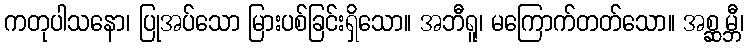
ကတုပါသနော၊ ပြုအပ်သော မြားပစ်ခြင်းရှိသော။ အဘီရူ၊ မကြောက်တတ်သော။ အစ္ဆမ္ဘီ၊